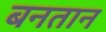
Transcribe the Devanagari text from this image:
बनतान